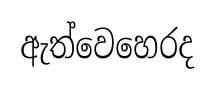
ඇත්වෙහෙරද